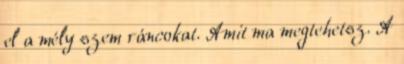
el a mély szem ráncokat. Amit ma megtehetsz. A